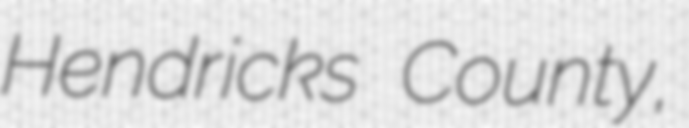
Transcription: Hendricks County,